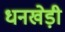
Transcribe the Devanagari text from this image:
धनखेड़ी